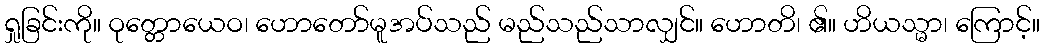
ရှုခြင်းကို။ ဝုတ္တောယေဝ၊ ဟောတော်မူအပ်သည် မည်သည်သာလျှင်။ ဟောတိ၊ ၏။ ဟိယသ္မာ၊ ကြောင့်။